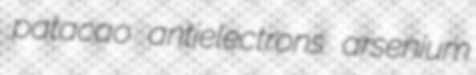
patacao antielectrons arsenium